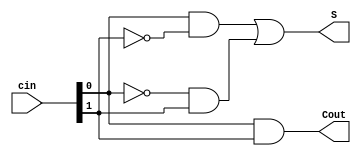
module half_adder (
    input  wire [1:0]  cin ,// 2cin[1] cin[0] 
    output wire        Cout,// 
    output wire        S    // 
);
    assign S    = (cin[0]&~cin[1])|(~cin[0]&cin[1]); //  S 
    assign Cout = cin[0]&cin[1];//  Cout 
endmodule